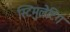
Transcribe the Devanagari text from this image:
स्टिमुलेटिंग